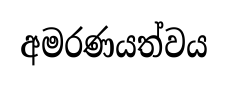
අමරණයත්වය